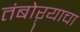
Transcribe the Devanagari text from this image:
तंबोऱ्याचा